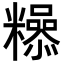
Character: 𮇿